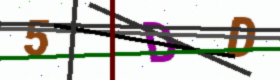
Text: 5DD